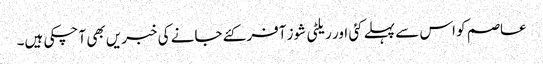
عاصم کو اس سے پہلے کئی اور ریلٹی شوز آفر کئے جانے کی خبریں بھی آ چکی ہیں۔